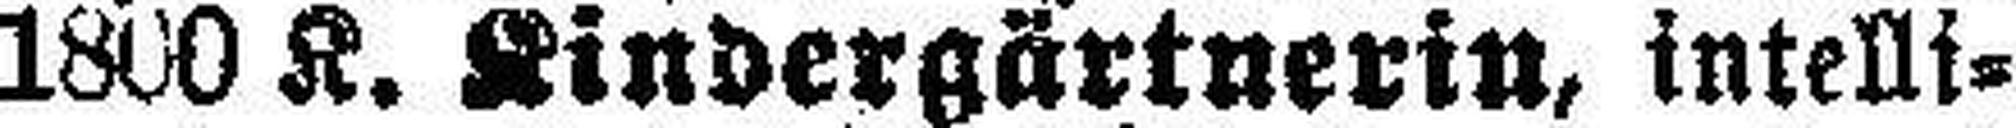
1800 K. Kindergärtnerin, intelli¬